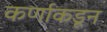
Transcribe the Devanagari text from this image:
कर्णाकडून